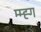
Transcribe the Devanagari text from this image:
म्म्ह्ग